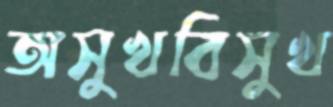
অসুখবিসুখ